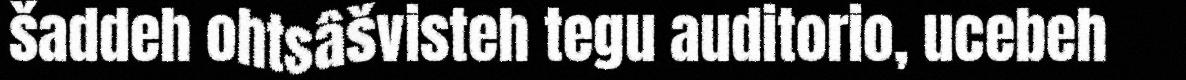
šaddeh ohtsâšvisteh tegu auditorio, ucebeh